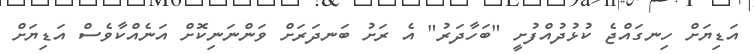
އަޑިޔަށް ހިނގައްޖެ ކުޅުދުއްފުށީ "ބަހާދަރު" އެ ރަށު ބަނދަރަށް ވަންނަނިކޮށް އަނެއްކާވެސް އަޑިޔަށް